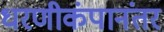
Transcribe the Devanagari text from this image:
धरणीकंपानंतर